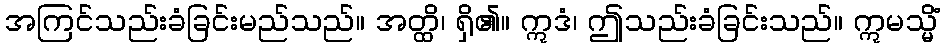
အကြင်သည်းခံခြင်းမည်သည်။ အတ္ထိ၊ ရှိ၏။ ဣဒံ၊ ဤသည်းခံခြင်းသည်။ ဣမသ္မိံ